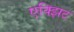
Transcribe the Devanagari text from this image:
एक्झिट